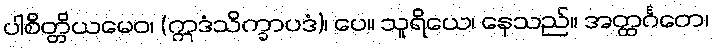
ပါစိတ္တိယမေဝ၊ (ဣဒံသိက္ခာပဒံ)၊ ပေ။ သူရိယေ၊ နေသည်။ အတ္ထင်္ဂတေ၊